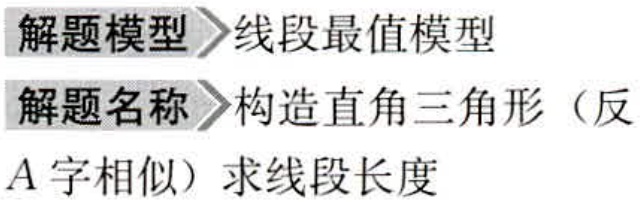
解题模型>线段最值模型

解题名称>构造直角三角形（反

A字相似）求线段长度